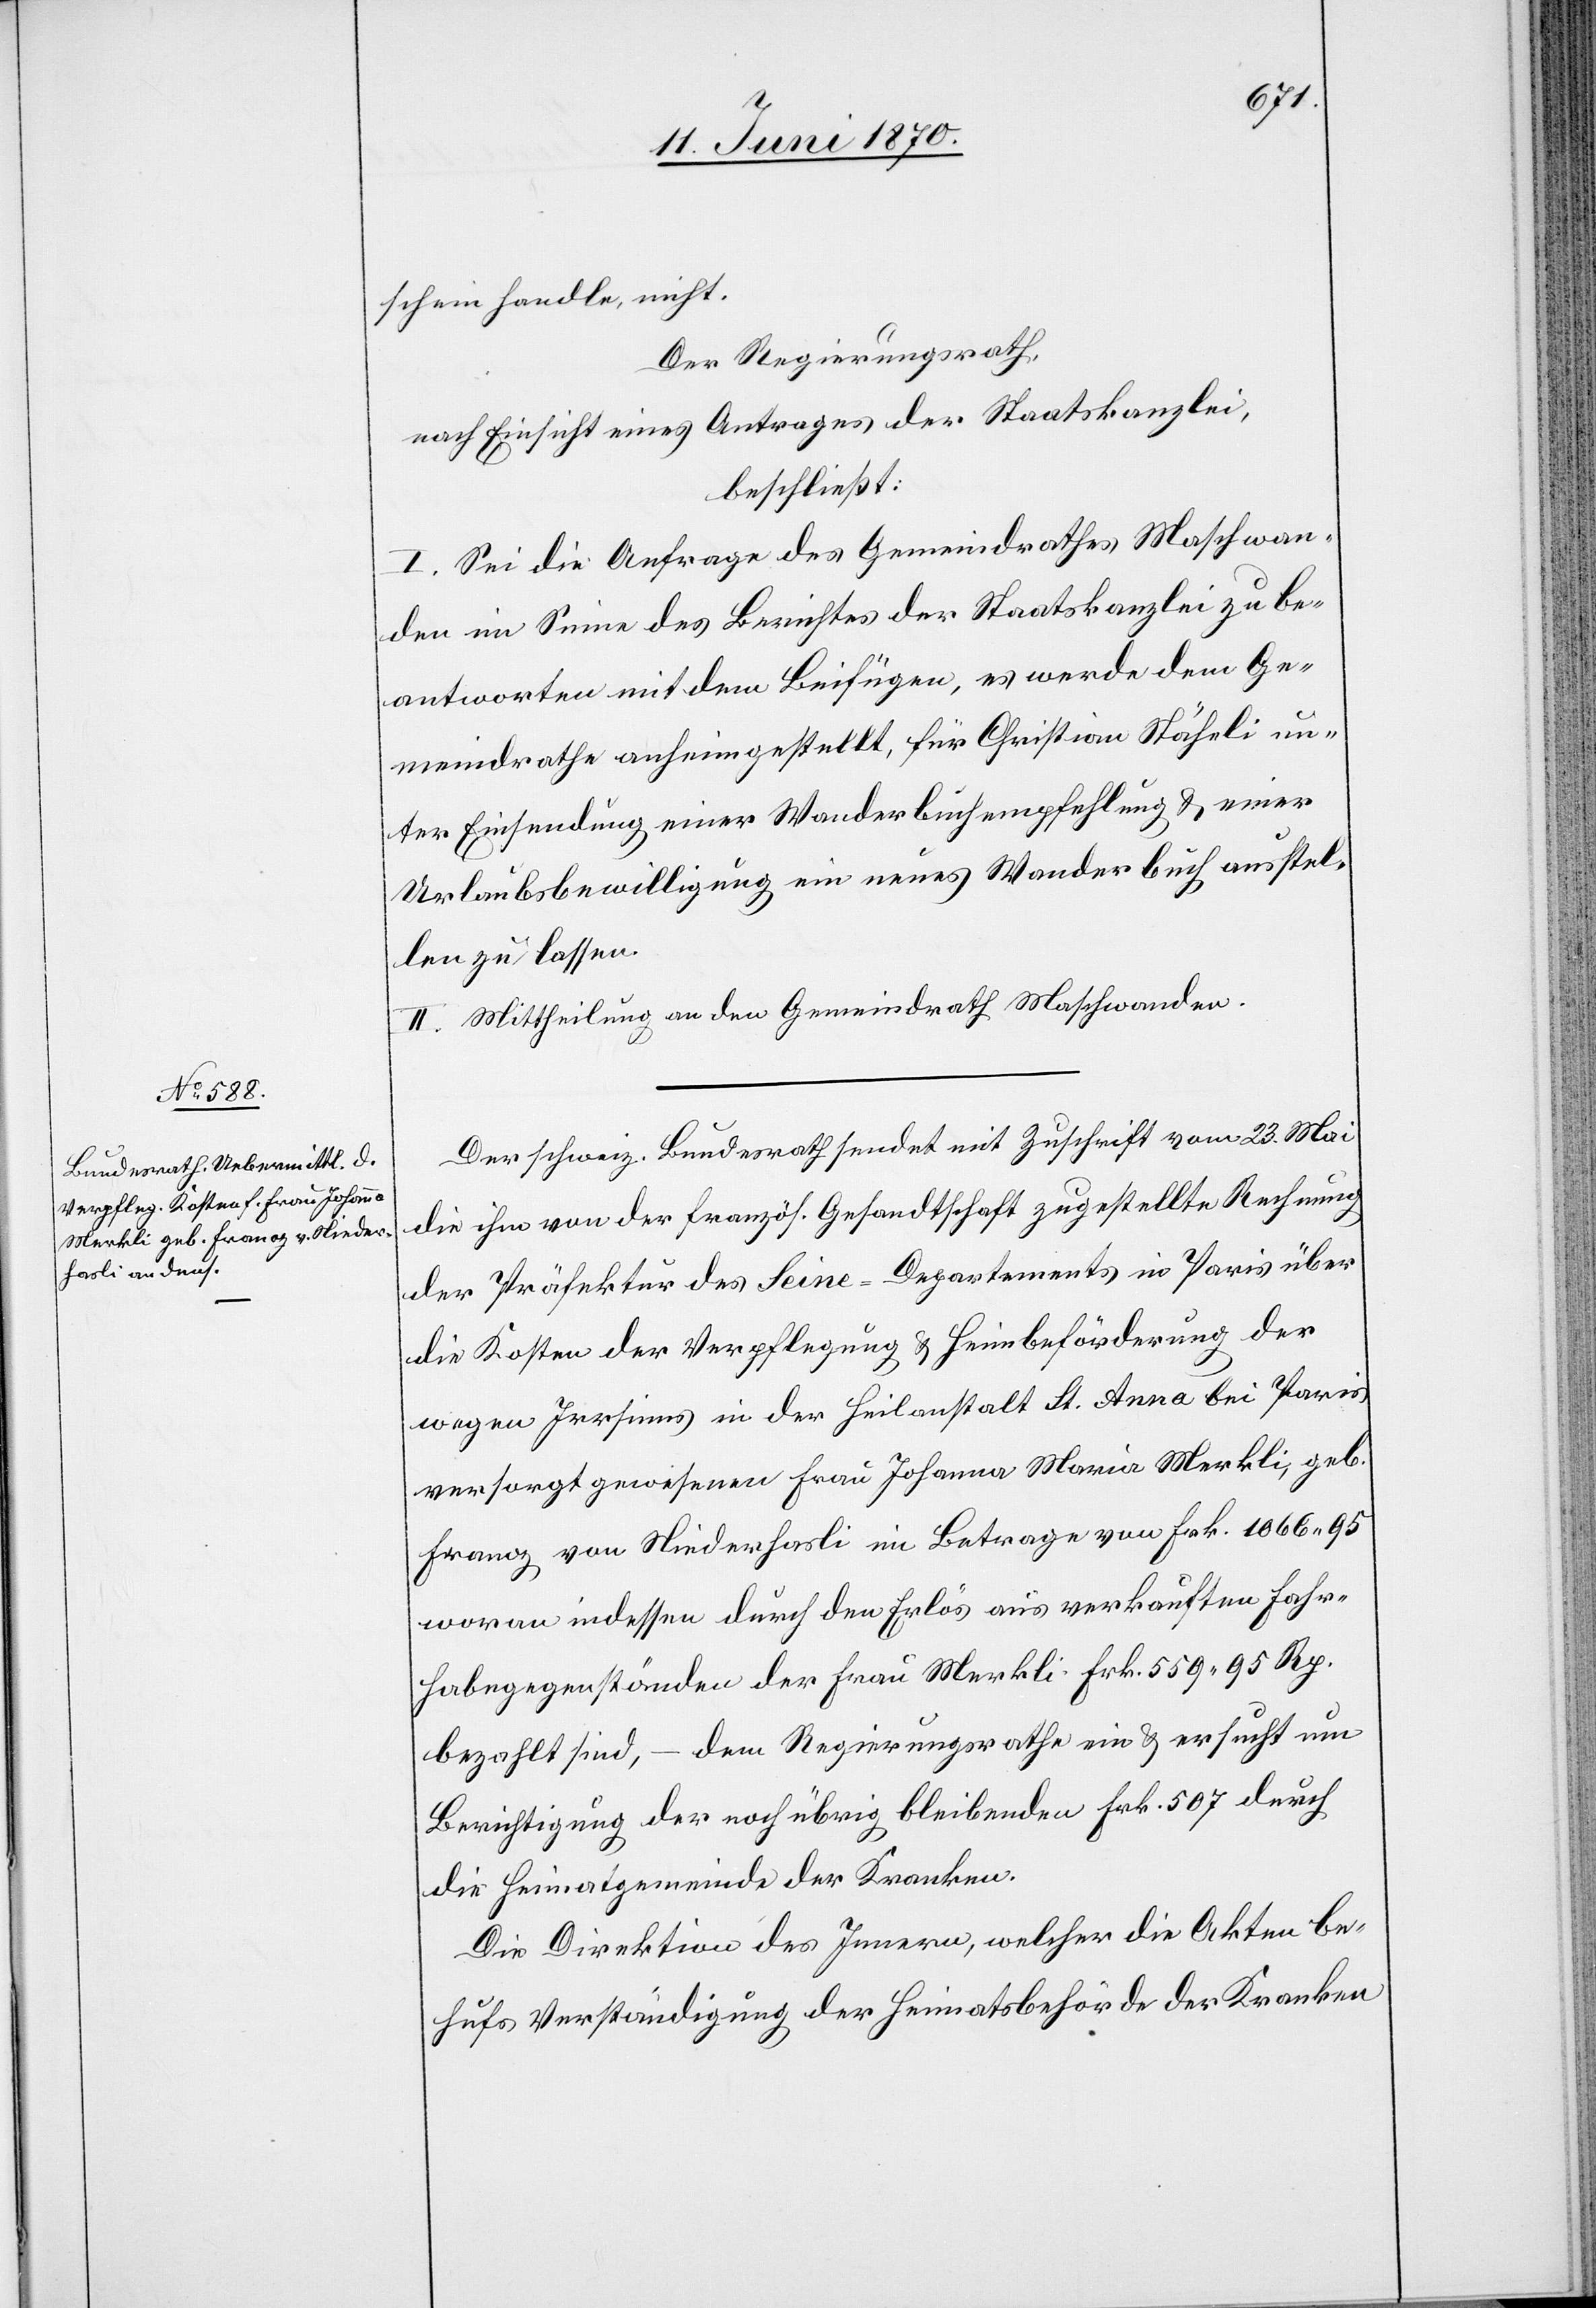
schein handle, nicht.
Der Regierungsrath,
nach Einsicht eines Antrages der Staatskanzlei,
beschließt:
I. Sei die Anfrage des Gemeindrathes Maschwan¬
den im Sinne des Berichtes der Staatskanzlei zu be¬
antworten mit dem Beifügen, es werde dem Ge¬
meindrathe anheimgestellt, für Christian Stäheli un¬
ter Einsendung einer Wanderbuchempfehlung & einer
Urlaubsbewilligung ein neues Wanderbuch ausstel¬
len zu lassen.
II. Mittheilung an den Gemeindrath Maschwanden.
Der schweiz. Bundesrath sendet mit Zuschrift vom 23. Mai
die ihm von der französ. Gesandtschaft zugestellte Rechnung
der Präfektur des Seine-Departements in Paris über
die Kosten der Verpflegung & Heimbeförderung der
wegen Irrsinns in der Heilanstalt St. Anna bei Paris
versorgt gewesenen Frau Johanna Maria Merkli, geb.
Franoz von Niederhasli im Betrage von Frk. 1066.95
woran indessen durch den Erlös aus verkauften Fahr¬
habegegenständen der Frau Merkli Frk. 559. 95 Rp.
bezahlt sind, – dem Regierungsrathe ein & ersucht um
Berichtigung der noch übrig bleibenden Frk. 507 durch
die Heimatgemeinde der Kranken.
Die Direktion des Innern, welcher die Akten be¬
hufs Verständigung der Heimatsbehörde der Kranken